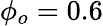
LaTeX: \phi_{o}=0.6